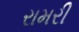
રામરી